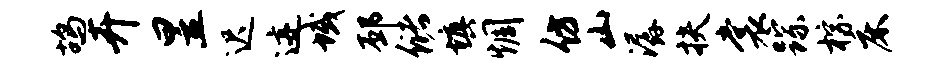
鸪卉昱迟迹域邳储填惆仿山潺扶裳踪棕床